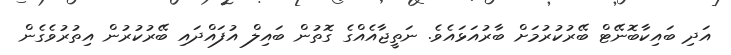
އަދި ބައިކާބޮނޭޓް ބޭރުކުރުމަށް ބާރުއަޅައެވެ. ނަތީޖާއެއްގެ ގޮތުން ބައިލް އުފައްދައި ބޭރުކުރުން އިތުރުވެގެން